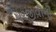
પરજીવીની